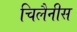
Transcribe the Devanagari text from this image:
चिलैनीस